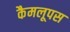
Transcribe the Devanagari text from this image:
कैमलूपस